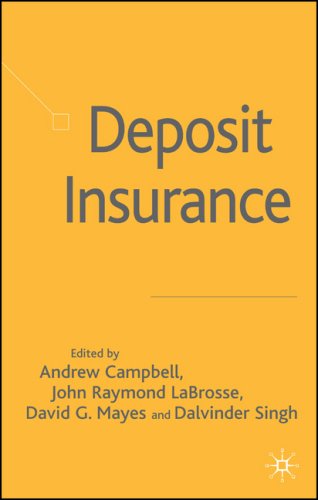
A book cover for Deposit Insurance; Business & Money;